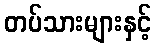
တပ်သားများနှင့်